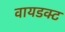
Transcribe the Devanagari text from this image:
वायडक्ट